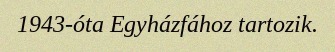
1943-óta Egyházfához tartozik.